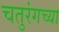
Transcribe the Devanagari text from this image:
चतुरंगच्या